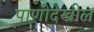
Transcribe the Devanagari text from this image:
पाणीदेखील